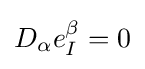
D_{\alpha }e_{I}^{\beta }=0